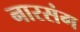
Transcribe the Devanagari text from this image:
नारसंग